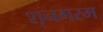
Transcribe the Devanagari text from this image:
शृनगरम